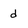
Character: d